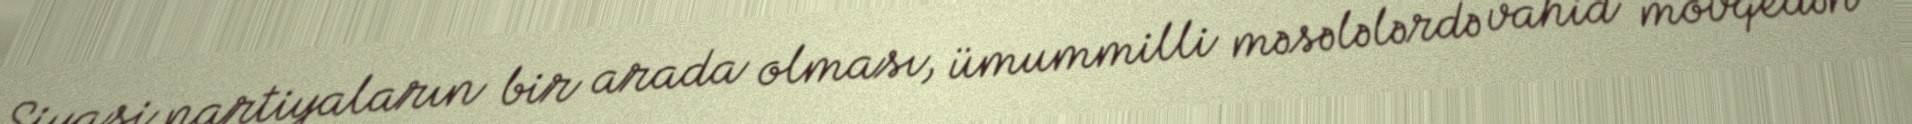
Siyasi partiyaların bir arada olması, ümummilli məsələlərdə vahid mövqedən